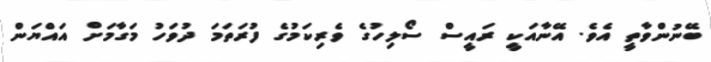
ބޭނުންވާތީ އެވެ. އޭނާއަކީ ރަައީސް ސޯލިހުގެ ވެރިކަމުގެ ފުރަތަމަ ދުވަހު މަގާމަށް އައްޔަން